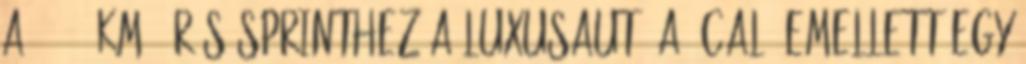
a 0-100 km órás sprinthez a luxusautó A8-cal. Emellett egy